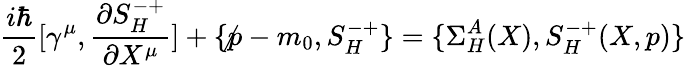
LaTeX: \frac{i\hbar}2[\gamma^{\mu},\frac{\partial S_{H}^{-+}}{\partial X^{\mu}}]+\{ \not p-m_{0},S_{H}^{-+}\} =\{ \Sigma_{H}^{A}(X),S_{H}^{-+}(X,p)\}